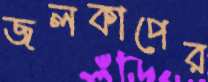
জলকাপের